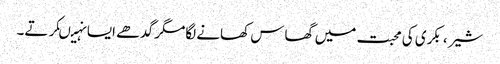
شیر ، بکری کی محبت میں گھاس کھانے لگامگر گدھے ایسا نہیںکرتے۔